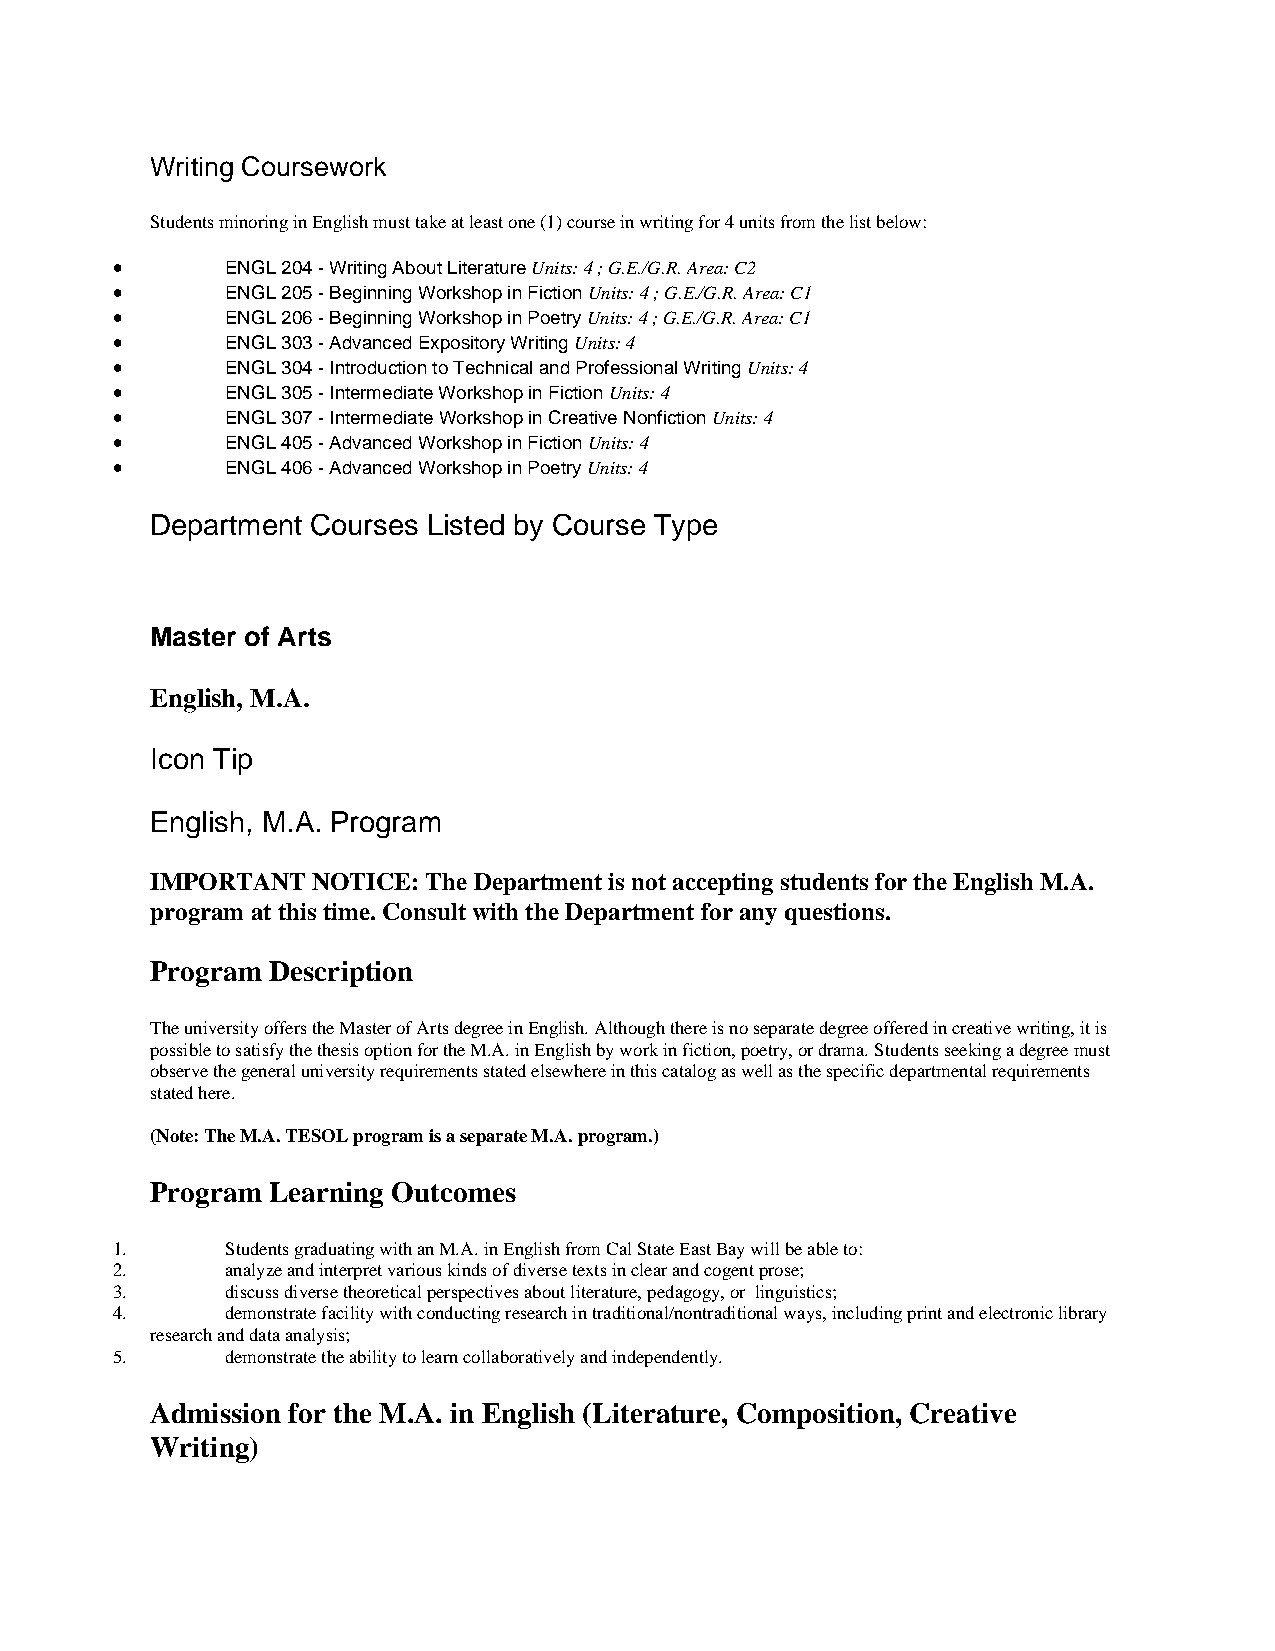
Writing Coursework
 Students minoring in English must take at least one (1) course in writing for 4 units from the list below:
 •       ENGL 204 - Writing About Literature Units: 4 ; G.E./G.R. Area: C2
 •       ENGL 205 - Beginning Workshop in Fiction Units: 4 ; G.E./G.R. Area: C1
 •       ENGL 206 - Beginning Workshop in Poetry Units: 4 ; G.E./G.R. Area: C1
 •       ENGL 303 - Advanced Expository Writing Units: 4
 •       ENGL 304 - Introduction to Technical and Professional Writing Units: 4
 •       ENGL 305 - Intermediate Workshop in Fiction Units: 4
 •       ENGL 307 - Intermediate Workshop in Creative Nonfiction Units: 4
 •       ENGL 405 - Advanced Workshop in Fiction Units: 4
 •       ENGL 406 - Advanced Workshop in Poetry Units: 4
 Department Courses Listed by Course Type
 Master of Arts
 English, M.A.
 Icon Tip
 English, M.A. Program
 IMPORTANT  NOTICE: The Department is not accepting students for the English M.A.
 program at this time. Consult with the Department for any questions.
 Program Description
 The university offers the Master of Arts degree in English. Although there is no separate degree offered in creative writing, it is
 possible to satisfy the thesis option for the M.A. in English by work in fiction, poetry, or drama. Students seeking a degree must
 observe the general university requirements stated elsewhere in this catalog as well as the specific departmental requirements
 stated here.
 (Note: The M.A. TESOL program is a separate M.A. program.)
 Program Learning Outcomes
 1.      Students graduating with an M.A. in English from Cal State East Bay will be able to:
 2.      analyze and interpret various kinds of diverse texts in clear and cogent prose;
 3.      discuss diverse theoretical perspectives about literature, pedagogy, or linguistics;
 4.      demonstrate facility with conducting research in traditional/nontraditional ways, including print and electronic library
 research and data analysis;
 5.      demonstrate the ability to learn collaboratively and independently.
 Admission for the M.A. in English (Literature, Composition, Creative
 Writing)